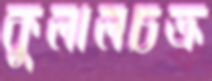
কুলালচক্র